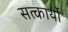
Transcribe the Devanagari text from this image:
सत्कार्यो